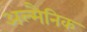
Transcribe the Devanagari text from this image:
अल्मैनिक